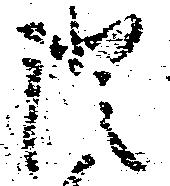
証